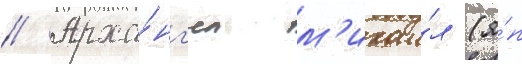
// Арха́нг'ел м'ихаи́л (я́п